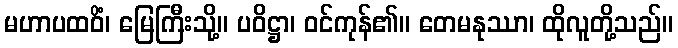
မဟာပထဝိံ၊ မြေကြီးသို့။ ပဝိဋ္ဌာ၊ ဝင်ကုန်၏။ တေမနုဿာ၊ ထိုလူတို့သည်။